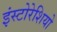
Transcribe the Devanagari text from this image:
इंस्टोरेशियो